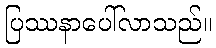
ပြဿနာပေါ်လာသည်။